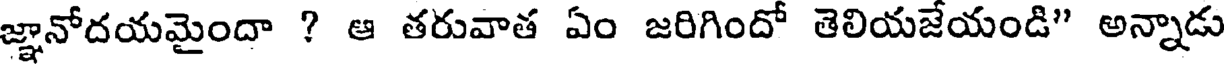
జ్ఞానోదయమైందా ? ఆ తరువాత ఏం జరిగిందో తెలియజేయండి" అన్నాడు